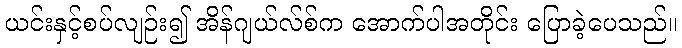
ယင်းနှင့်စပ်လျဉ်း၍ အိန်ဂျယ်လ်စ်က အောက်ပါအတိုင်း ပြောခဲ့ပေသည်။